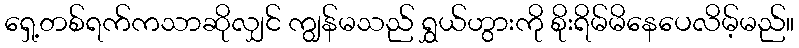
ရှေ့တစ်ရက်ကသာဆိုလျှင် ကျွန်မသည် ရွှယ်ဟွားကို စိုးရိမ်မိနေပေလိမ့်မည်။